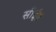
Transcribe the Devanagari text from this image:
सोई॥